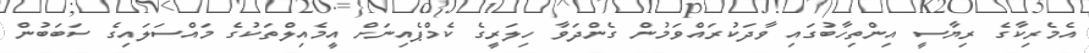
އެމެރިކާގެ ރިޔާސީ އިންތިހާބުގައި ވާދަކުރައްވަމުން ގެންދަވާ ހިލަރީގެ ކެމްޕެއިނަށް އީމެއިލްތަކުގެ މައްސަލައިގެ ސަބަބުން